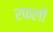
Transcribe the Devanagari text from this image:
रफलो